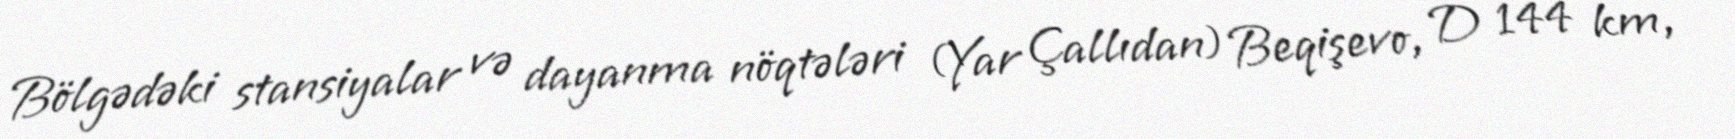
Bölgədəki stansiyalar və dayanma nöqtələri (Yar Çallıdan) Beqişevo, D 144 km,